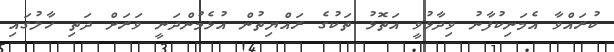
ކުރައްވާ އެމަނިކުފާނު ވިދާޅުވީ އަތޮޅު ތަކުގެ ރައްޔިތުން އުޅެމުންދަނީ ވަރަށް ދަތި ހާލުގައި